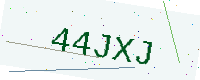
Text: 44JXJ